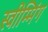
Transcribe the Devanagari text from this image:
स्वीम्मिंग